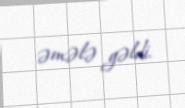
əmələ gəldi.